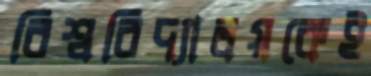
বিশ্ববিদ্যালয়কেই